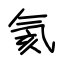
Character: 氦